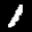
Label: 1